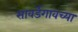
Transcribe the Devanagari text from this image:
सावर्डेगावच्या